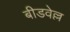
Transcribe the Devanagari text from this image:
बीडवेल्ल